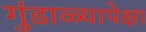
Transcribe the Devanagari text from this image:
गुंडाळ्यापेक्षा